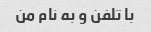
با تلفن و به نام من